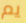
يم